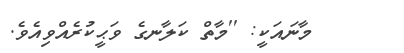
މާނައަކީ: ''މާތް ކަލާނގެ ވަޙީކުރެއްވިއެވެ.